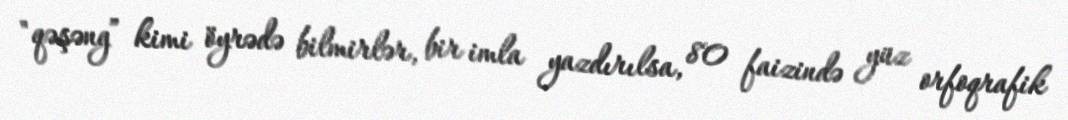
"qəşəng” kimi öyrədə bilmirlər, bir imla yazdırılsa, 80 faizində yüz orfoqrafik